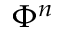
\Phi ^ { n }